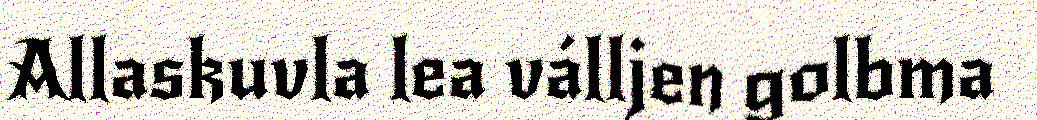
Allaskuvla lea válljen golbma